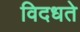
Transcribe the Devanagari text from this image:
विदधते